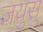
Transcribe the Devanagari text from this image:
जयुस्